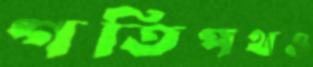
গতিপথও